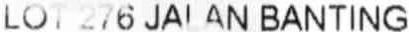
LOT 276 JALAN BANTING